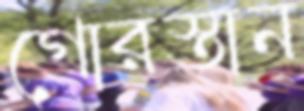
গোরস্তান